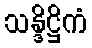
သန္ဒိဋ္ဌိကံ